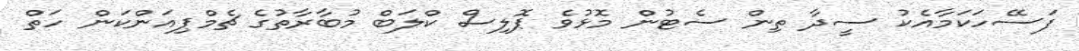
ފަސޭހަކަމާއެކު ސީދާ ތިން ސެޓުން މޮޅުވެ ޕޮލިސް ކްލަބް މުބާރާތުގެ ޗެމްޕިއަންކަން ހަތް